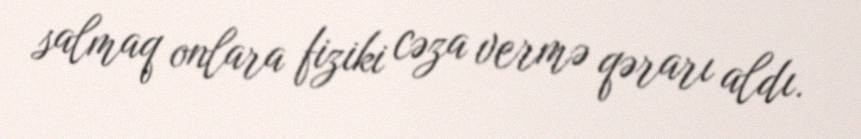
salmaq onlara fiziki cəza vermə qərarı aldı.